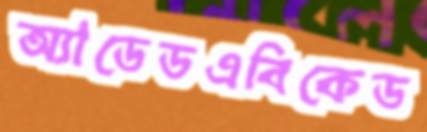
অ্যাডেডএবিকেড